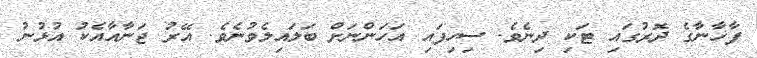
ފާޚާނާގެ ދޮރުގައި ޓަކި ދިނެވެ. ސިހިފައި އަހަންނަށް ބަލައިލެވުނެވެ. އޭރު ޖަނާއާއެކު އުޅުނު